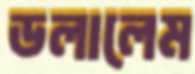
ডলালেম